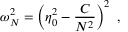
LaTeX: \omega _ { N } ^ { 2 } = \left( \eta _ { 0 } ^ { 2 } - \frac { C } { N ^ { 2 } } \right) ^ { 2 } \ ,